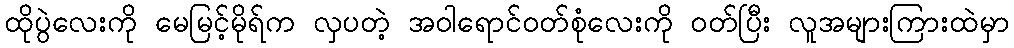
ထိုပွဲလေးကို မေမြင့်မိုရ်က လှပတဲ့ အဝါရောင်ဝတ်စုံလေးကို ဝတ်ပြီး လူအများကြားထဲမှာ